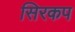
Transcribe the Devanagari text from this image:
सिरकप